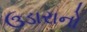
ઉડારાનો